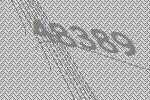
48389